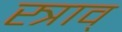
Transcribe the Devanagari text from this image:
स्त्राव्